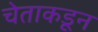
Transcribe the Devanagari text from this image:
चेताकडून